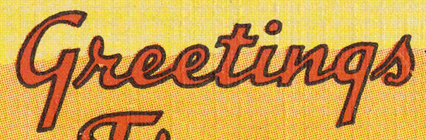
Greetings